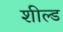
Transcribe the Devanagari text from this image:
शील्‍ड